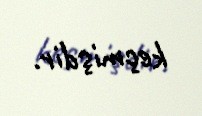
keçmişdir.